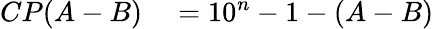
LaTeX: \begin{array}{rl}{CP(A-B)}&{{}=10^{n}-1-(A-B)}\end{array}